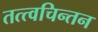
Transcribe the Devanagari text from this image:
तत्त्वचिन्तन